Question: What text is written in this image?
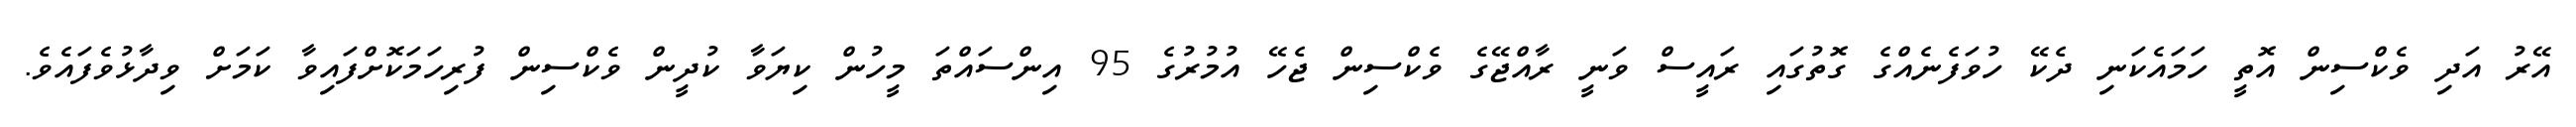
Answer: އޭރު އަދި ވެކްސިން އޮތީ ހަމައެކަނި ދެކޭ ހުވަފެނެއްގެ ގޮތުގައި ރައީސް ވަނީ ރާއްޖޭގެ ވެކްސިން ޖެހޭ އުމުރުގެ 95 އިންސައްތަ މީހުން ކިޔަވާ ކުދީން ވެކްސިން ފުރިހަމަކޮށްފައިވާ ކަމަށް ވިދާޅުވެފައެވެ.